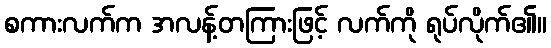
စကားလက်က အလန့်တကြားဖြင့် လက်ကို ရုပ်လိုက်၏။